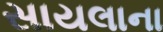
સાયલાના